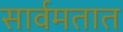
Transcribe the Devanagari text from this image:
सार्वमतात